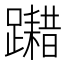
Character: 𨆮